Civil Veterinary Dept. Bombay admin report 1893-99 - 1893-1899
Year: 1893
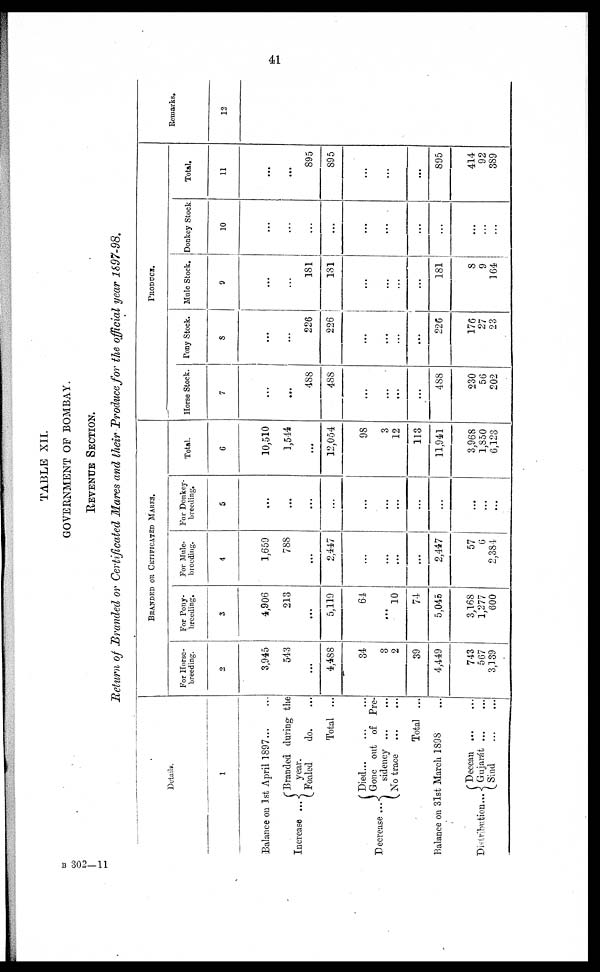
41
TABLE XII.
GOVERNMENT OF BOMBAY.
REVENUE SECTION.
'Return of Branded or Certificated Mares and their Produce for the official year 1897-98.
Details.
1
Balance on 1st April 1897 … …
Increase ...
Decrease ...
Branded during the
year.
Foaled
do. …
Total ...
Died … … …
Gone out of Pre-
sidency … …
No trace … …
Total …
Balance on 31st March 1898 …
Distribution .
Deccan ... …
Gujarat ... …
Sind
…
…
BRANDED OR CERTIFICATED MARES.
For Horse-
breeding.
2
3,945
543
...
4,488
34
3
2
39
4,449
743
567
3,139
For Pony-
breeding.
3
4,906
213
...
5,119
64
...
10
74
5,045
3,168
1,277
600
For Mule-
breeding.
4
1,659
788
...
2,447
…
...
...
...
2,447
57
6
2,384
For Donkey-
breeding.
5
…
…
…
...
…
…
...
...
...
…
…
...
Total.
6
10,510
1,544
...
12,054
98
3
12
113
11,941
3,968
1,850
6,123
PRODUCE.
Horse Stock.
7
...
…
488
488
…
...
...
...
488
230
56
202
Pony Stock.
8
…
…
226
226
…
...
...
…
226
176
27
23
Mule Stock.
9
…
…
181
181
…
...
…
...
181
8
9
164
Donkey Stock.
10
…
...
...
...
…
...
…
...
...
…
...
...
Total.
11
…
...
895
895
…
…
…
...
895
414
92
389
Remarks.
12
B 302—11